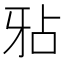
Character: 𤘇